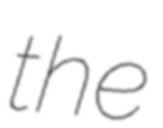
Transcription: the